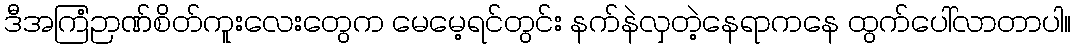
ဒီအကြံဉာဏ်စိတ်ကူးလေးတွေက မေမေ့ရင်တွင်း နက်နဲလှတဲ့နေရာကနေ ထွက်ပေါ်လာတာပါ။